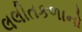
લલીતકળાનો